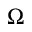
\Omega